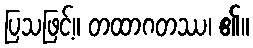
ပြသဖြင့်။ တထာဂတဿ၊ ၏။